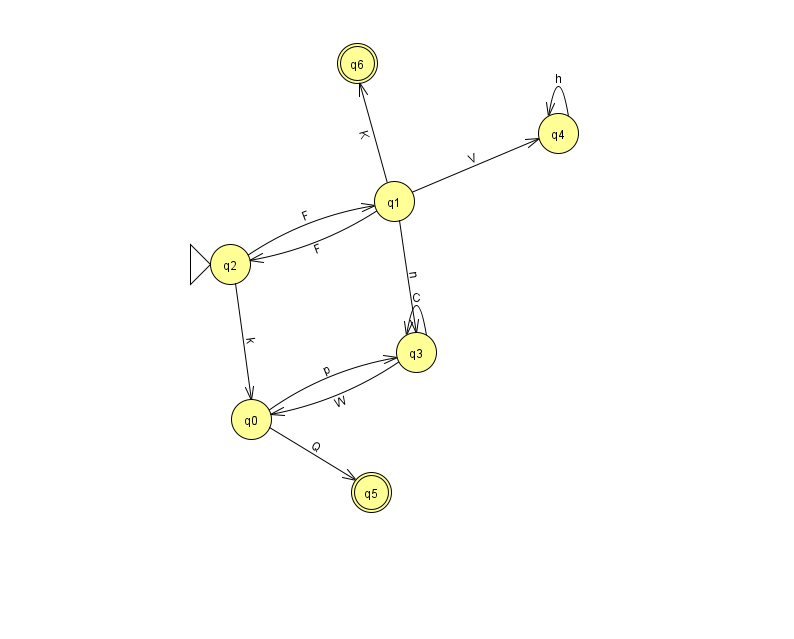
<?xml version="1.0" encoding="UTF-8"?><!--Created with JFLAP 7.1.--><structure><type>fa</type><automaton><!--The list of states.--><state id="0" name="q0"><x>251.0</x><y>406.0</y></state><state id="1" name="q1"><x>394.0</x><y>188.0</y></state><state id="2" name="q2"><x>230.0</x><y>251.0</y><initial/></state><state id="3" name="q3"><x>416.0</x><y>339.0</y></state><state id="4" name="q4"><x>558.0</x><y>120.0</y></state><state id="5" name="q5"><x>371.0</x><y>479.0</y><final/></state><state id="6" name="q6"><x>357.0</x><y>50.0</y><final/></state><!--The list of transitions.--><transition><from>1</from><to>3</to><read>n</read></transition><transition><from>0</from><to>5</to><read>Q</read></transition><transition><from>3</from><to>0</to><read>W</read></transition><transition><from>3</from><to>3</to><read>C</read></transition><transition><from>0</from><to>3</to><read>p</read></transition><transition><from>1</from><to>4</to><read>V</read></transition><transition><from>1</from><to>6</to><read>K</read></transition><transition><from>4</from><to>4</to><read>h</read></transition><transition><from>2</from><to>0</to><read>k</read></transition><transition><from>1</from><to>2</to><read>F</read></transition><transition><from>2</from><to>1</to><read>F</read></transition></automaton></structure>